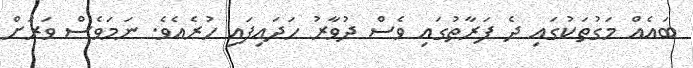
ބައެއް މަގުތަކުގައި ދެ ފަރާތުގައި ވެސް ދުވާރު ހަދައިފައި ހުރެއެވެ. ނަމަވެސް ވަރަށް